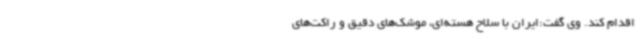
اقدام ‌کند. وی گفت:ایران با سلاح هسته‌ای، موشک‌های دقیق و راکت‌های